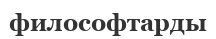
философтарды